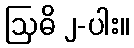
ဩဓိ ၂-ပါး။